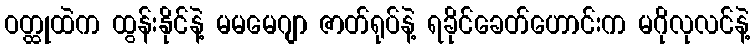
ဝတ္ထုထဲက ထွန်းနိုင်နဲ့ မမမေဂျာ ဇာတ်ရုပ်နဲ့ ရခိုင်ခေတ်ဟောင်းက မဂိုလုလင်နဲ့